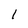
Character: 1